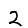
Digit: 2